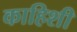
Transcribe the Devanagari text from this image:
काहिशी